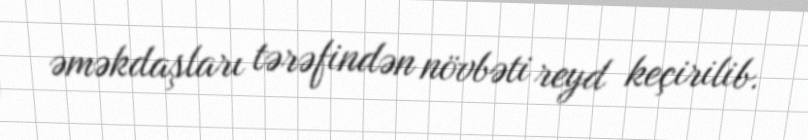
əməkdaşları tərəfindən növbəti reyd keçirilib.